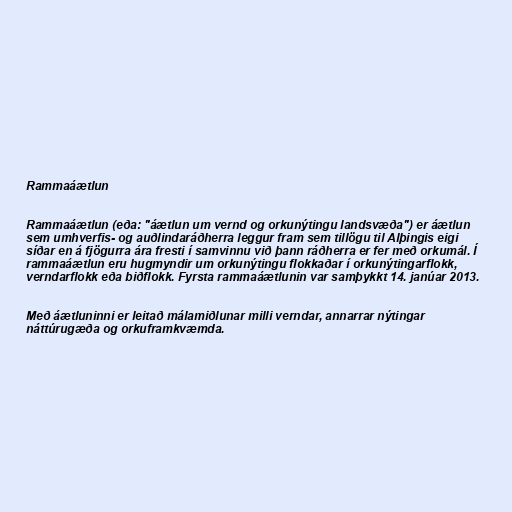
Rammaáætlun

Rammaáætlun (eða: "áætlun um vernd og orkunýtingu landsvæða") er áætlun
sem umhverfis- og auðlindaráðherra leggur fram sem tillögu til Alþingis eigi
síðar en á fjögurra ára fresti í samvinnu við þann ráðherra er fer með orkumál. Í
rammaáætlun eru hugmyndir um orkunýtingu flokkaðar í orkunýtingarflokk,
verndarflokk eða biðflokk. Fyrsta rammaáætlunin var samþykkt 14. janúar 2013.

Með áætluninni er leitað málamiðlunar milli verndar, annarrar nýtingar
náttúrugæða og orkuframkvæmda.